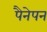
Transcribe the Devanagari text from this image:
पैनेपन